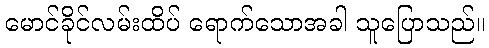
မောင်ခိုင်လမ်းထိပ် ရောက်သောအခါ သူပြောသည်။